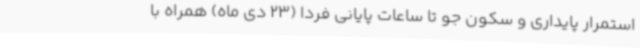
استمرار پایداری و سکون جو تا ساعات پایانی فردا (23 دی ماه) همراه با